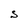
Character: S